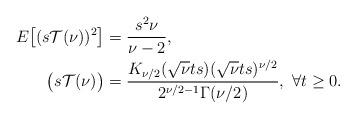
LaTeX: \begin{align*}E\big[(s\mathcal{T}(\nu))^2\big]&= \frac{s^2\nu}{\nu-2},\\\big(s\mathcal{T}(\nu)\big)&=\frac{K_{\nu/2}(\sqrt{\nu}ts)(\sqrt{\nu}ts)^{\nu/2}}{2^{\nu/2-1}\Gamma(\nu/2)},\ \forall t\ge 0.\end{align*}